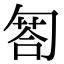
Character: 匒